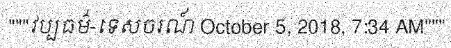
"""វប្បធម៌-ទេសចរណ៍ October 5, 2018, 7:34 AM"""